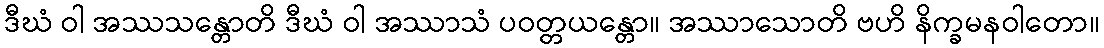
ဒီဃံ ဝါ အဿသန္တောတိ ဒီဃံ ဝါ အဿာသံ ပဝတ္တယန္တော။ အဿာသောတိ ဗဟိ နိက္ခမနဝါတော။